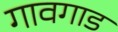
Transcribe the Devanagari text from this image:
गावगाड